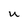
Character: U